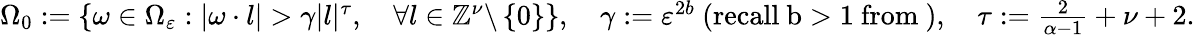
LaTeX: \begin{array}{r}{\Omega_{0}:=\left\{ \omega\in\Omega_{\varepsilon}:|\omega\cdot l|>\gamma|l|^{\tau},\quad\forall l\in\mathbb{Z}^{\nu}\backslash\left\{ 0\right\} \right\} ,\quad\gamma:=\varepsilon^{2b}\mathrm{~(recall~b>1~from~)},\quad\tau:=\frac{2}{\alpha-1}+\nu+2.}\end{array}